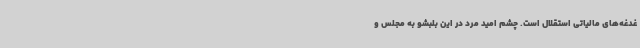
غدغه‌های مالیاتی استقلال است. چشم امید مرد در این بلبشو به مجلس و